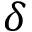
\delta